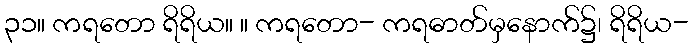
၃၁။ ကရတော ရိရိယ။ ။ ကရတော- ကရဓာတ်မှနောက်၌၊ ရိရိယ-